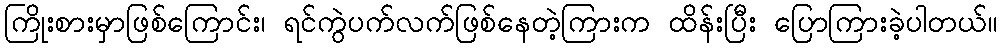
ကြိုးစားမှာဖြစ်ကြောင်း၊ ရင်ကွဲပက်လက်ဖြစ်နေတဲ့ကြားက ထိန်းပြီး ပြောကြားခဲ့ပါတယ်။